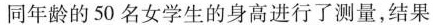
同年龄的50名女学生的身高进行了测量，结果